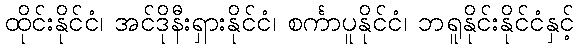
ထိုင်းနိုင်ငံ၊ အင်ဒိုနီးရှားနိုင်ငံ၊ စင်္ကာပူနိုင်ငံ၊ ဘရူနိုင်းနိုင်ငံနှင့်